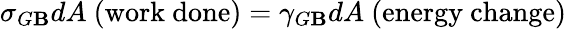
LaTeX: \sigma_{G\mathbf{B}}dA{\mathrm{{~(work~done)}}}=\gamma_{G\mathbf{B}}dA{\mathrm{{~(energy~change)}}}\,